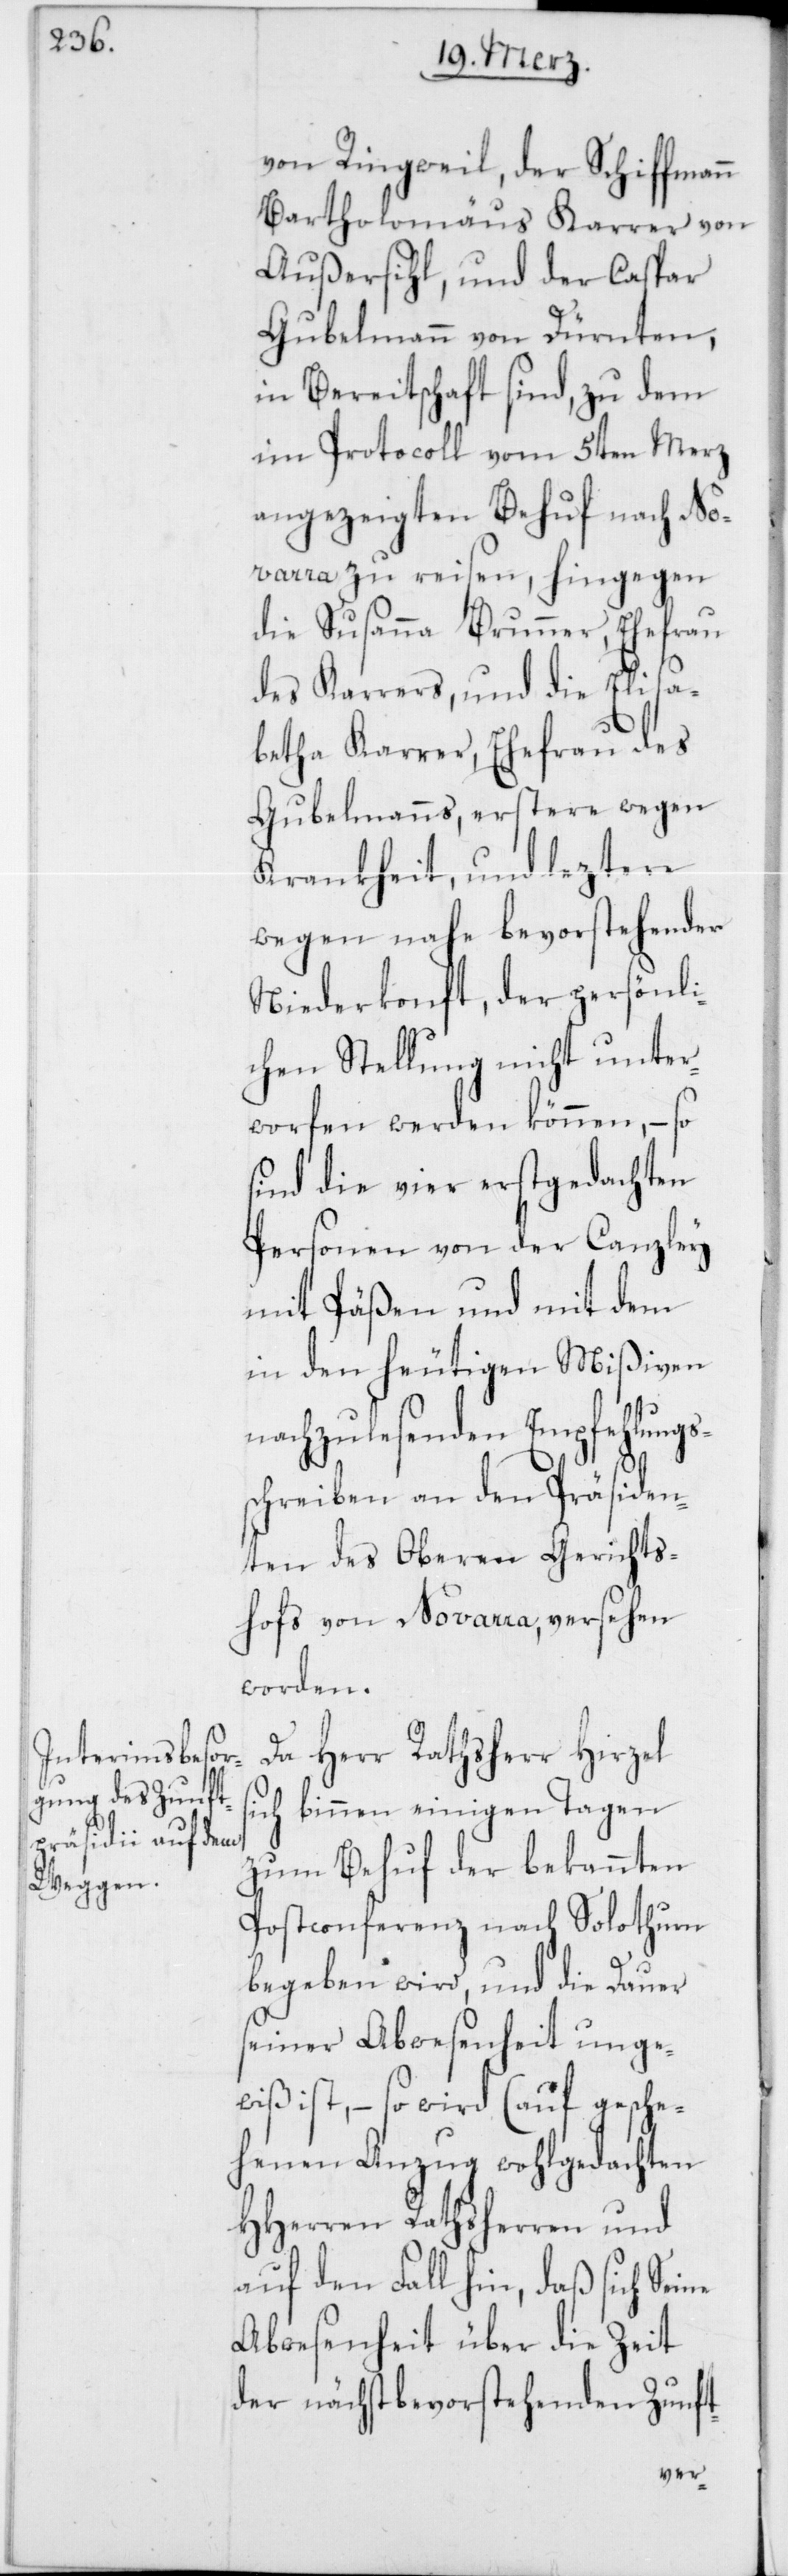
von Ringweil, der Schiffmann
Bartholomäus Karrer von
Außersihl, und der Caspar
Gubelmann von Dürnten,
in Bereitschaft sind, zu dem
im Protocoll vom 5ten Merz
angezeigten Behuf nach No¬
varra zu reisen, hingegen
die Susanna Brunner, Ehefrau
des Karrers und die Elisa¬
betha Karrer, Ehefrau des
Gubelmanns, erstere wegen
Krankheit, und leztere
wegen nahe bevorstehender
Niederkonft, der persönli¬
chen Stellung nicht unter¬
worfen werden können, – so
sind die vier erstgedachten
Personen von der Canzley
mit Päßen und mit dem
in den heutigen Mißiven
nachzulesenden Empfehlungs¬
schreiben an den Präsiden¬
ten des Oberen Gerichts¬
hofs von Novarra, versehen
worden.
Da Herr Rathsherr Hirzel
sich binnen einigen Tagen
zum Behuf der bekannten
Postconferenz nach Solothurn
begeben wird, und die Dauer
seiner Abwesenheit unge¬
wiß ist, – so wird (auf gesche¬
henen Anzug wohlgedachten
HHerren Rathsherren und
auf den Fall hin, daß sich Seine
Abwesenheit über die Zeit
der nächstbevorstehenden Zunft-